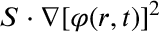
\boldsymbol { S } \cdot \boldsymbol { \nabla } [ \varphi ( \boldsymbol { r } , t ) ] ^ { 2 }